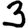
Digit: 3